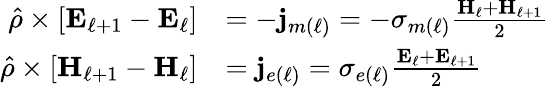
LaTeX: \begin{array}{rl}{\hat{\rho}\times\left[\mathbf{E}_{\ell+1}-\mathbf{E}_{\ell}\right]}&{=-\mathbf{j}_{m(\ell)}=-\sigma_{m(\ell)}\frac{\mathbf{H}_{\ell}+\mathbf{H}_{\ell+1}}{2}}\\ {\hat{\rho}\times\left[\mathbf{H}_{\ell+1}-\mathbf{H}_{\ell}\right]}&{=\mathbf{j}_{e(\ell)}=\sigma_{e(\ell)}\frac{\mathbf{E}_{\ell}+\mathbf{E}_{\ell+1}}{2}}\end{array}